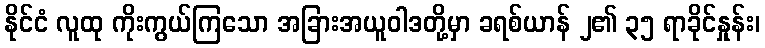
နိုင်ငံ လူထု ကိုးကွယ်ကြသော အခြားအယူဝါဒတို့မှာ ခရစ်ယာန် ၂၏ ၃၅ ရာခိုင်နှုန်း၊